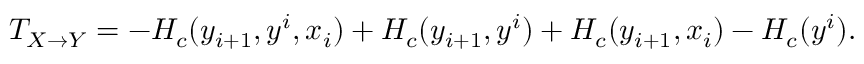
T _ { X \rightarrow Y } = - H _ { c } ( y _ { i + 1 } , y ^ { i } , x _ { i } ) + H _ { c } ( y _ { i + 1 } , y ^ { i } ) + H _ { c } ( y _ { i + 1 } , x _ { i } ) - H _ { c } ( y ^ { i } ) .